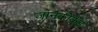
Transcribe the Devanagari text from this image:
जानकीकुंड